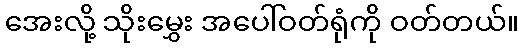
အေးလို့ သိုးမွှေး အပေါ်ဝတ်ရုံကို ဝတ်တယ်။